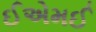
ઈએમઈ